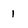
Character: 1